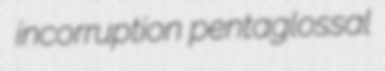
incorruption pentaglossal